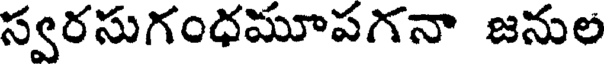
స్వరసుగంధమూపగనా జనుల